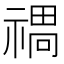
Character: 𱵤